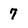
Character: 7